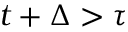
t + \Delta > \tau